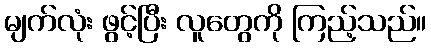
မျက်လုံး ဖွင့်ပြီး လူတွေကို ကြည့်သည်။